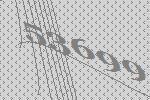
53699